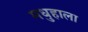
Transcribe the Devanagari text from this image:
मधुहाला